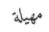
مھيلة